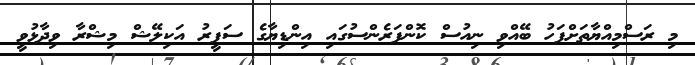
މި ރަސްމިއްޔާތަށްފަހު ބޭއްވި ނިއުސް ކޮންފަރެންސުގައި އިންޑިޔާގެ ސަފީރު އަކިލޭޝް މިޝްރާ ވިދާޅުވީ